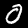
Label: 0